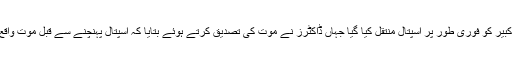
55 سال کے کبیر کو فوری طور پر اسپتال منتقل کیا گیا جہاں ڈاکٹرز نے موت کی تصدیق کرتے ہوئے بتایا کہ اسپتال پہنچنے سے قبل موت واقع ہو چکی تھی۔